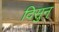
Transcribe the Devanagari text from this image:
दिसुन्